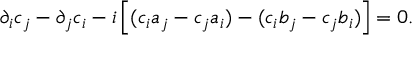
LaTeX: \partial _ { i } c _ { j } - \partial _ { j } c _ { i } - i \left[ ( c _ { i } a _ { j } - c _ { j } a _ { i } ) - ( c _ { i } b _ { j } - c _ { j } b _ { i } ) \right] = 0 .